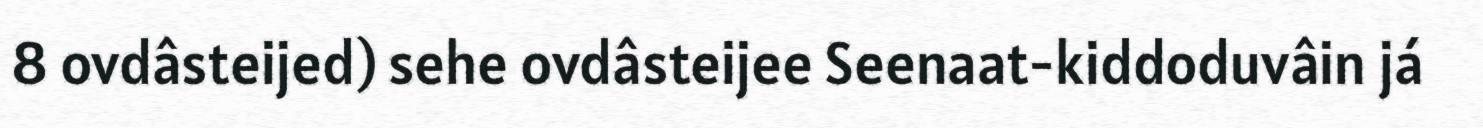
8 ovdâsteijed) sehe ovdâsteijee Seenaat-kiddoduvâin já